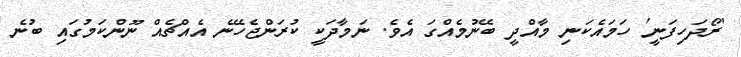
'ރޯދަހިފަނީ' ހަމައެކަނި މާއްދީ ބޭނުމެއްގަ އެވެ. ނަމާދަކީ ކުރަންޖެހޭނެ އެއްޗެއް ނޫންކަމުގައި ބުނެ